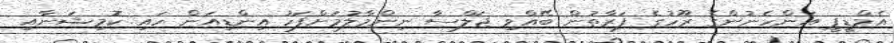
އެމްޑީޕީ އަންހެނުންގެ ރޫހުގެ ފަރާތުން ބޭއްވި ޖަލްސާ ނިންމާލުމަށްފަހު އިންޑިއަން ހައި ކޮމިޝަނާއި